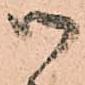
御